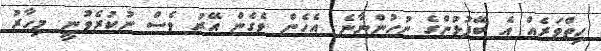
ހިތްވަރެއް އެ ބޭފުޅުންގެ ނުހުންނާނެ. އެހެން ވެގެން އޭރު ވެސް ނުކުރެވުނީ. މިހާރު